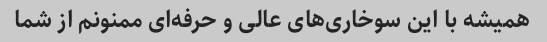
همیشه با این سوخاری‌های عالی و حرفه‌ای ممنونم از شما